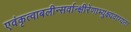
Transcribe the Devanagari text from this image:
एवंकृत्वाबलीन्सर्वान्क्षीरेणाभ्युक्ष्यवाग्यतः